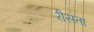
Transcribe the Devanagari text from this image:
रीसता